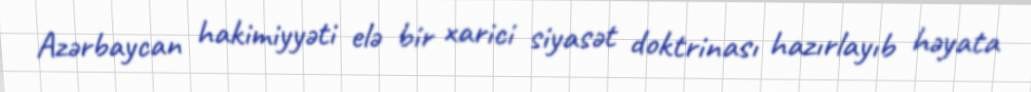
Azərbaycan hakimiyyəti elə bir xarici siyasət doktrinası hazırlayıb həyata